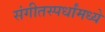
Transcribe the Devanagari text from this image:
संगीतस्पर्धांमध्ये